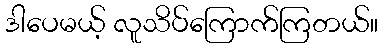
ဒါပေမယ့် လူသိပ်ကြောက်ကြတယ်။